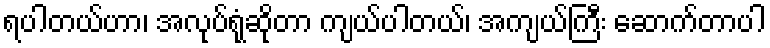
ရပါတယ်ဟာ၊ အလုပ်ရုံဆိုတာ ကျယ်ပါတယ်၊ အကျယ်ကြီး ဆောက်တာပါ